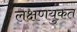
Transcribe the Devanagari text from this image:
लक्षणयुकत